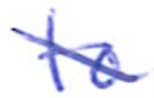
Text: to
Cross-out: diagonal
Writing tool: ballpoint